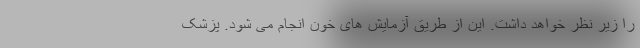
را زیر نظر خواهد داشت. این از طریق آزمایش های خون انجام می شود. پزشک